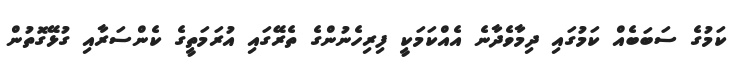
ކަމުގެ ސަބަބެއް ކަމުގައި ދިމާވެދާނެ އެއްކަމަކީ ފިރިހެނުންގެ ތެރޭގައި އުރަމަތީގެ ކެންސަރާއި ގުޅޭގޮތުން